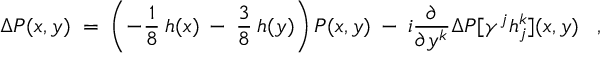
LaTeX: \Delta P ( x , y ) \; = \; \left( - \frac { 1 } { 8 } \: h ( x ) \: - \: \frac { 3 } { 8 } \: h ( y ) \right) P ( x , y ) \: - \: i \frac { \partial } { \partial y ^ { k } } \Delta P [ \gamma ^ { j } h _ { j } ^ { k } ] ( x , y ) \; \; \; ,